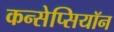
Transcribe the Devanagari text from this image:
कन्सेप्सियॉन